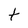
Character: t